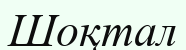
Шоқтал